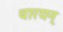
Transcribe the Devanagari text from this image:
धारयन्